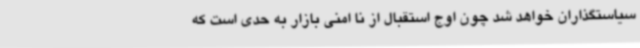
سیاستگذاران خواهد شد چون اوج استقبال از نا امنی بازار به حدی است که